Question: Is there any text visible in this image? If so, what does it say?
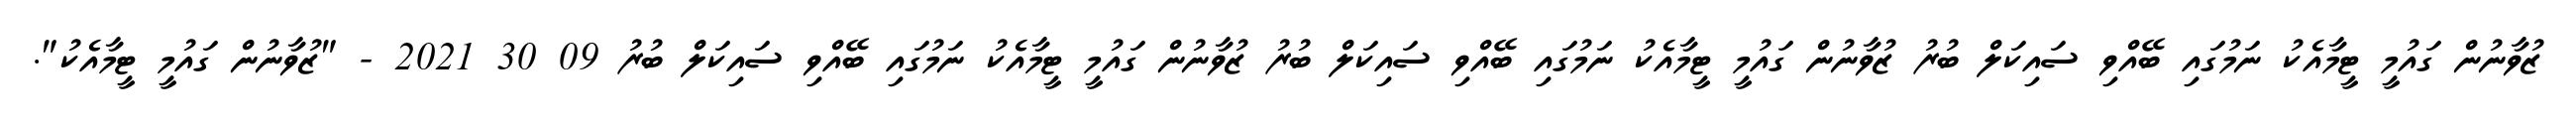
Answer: ޒުވާނުން ގައުމީ ޓީމާއެކު ނަމުގައި ބޭއްވި ސައިކަލް ބުރު ޒުވާނުން ގައުމީ ޓީމާއެކު ނަމުގައި ބޭއްވި ސައިކަލް ބުރު ޒުވާނުން ގައުމީ ޓީމާއެކު ނަމުގައި ބޭއްވި ސައިކަލް ބުރު 09 30 2021 - "ޒުވާނުން ގައުމީ ޓީމާއެކު".